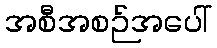
အစီအစဉ်အပေါ်